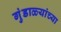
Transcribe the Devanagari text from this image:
गुंडाळ्यांच्या